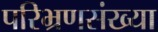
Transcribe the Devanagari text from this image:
परिभ्रणसंख्या